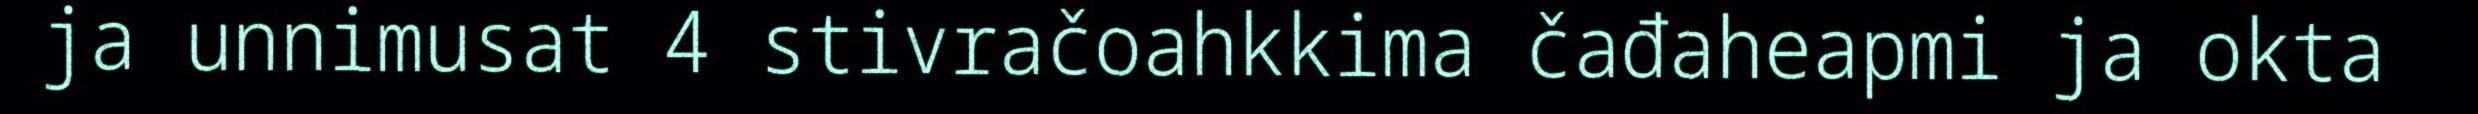
ja unnimusat 4 stivračoahkkima čađaheapmi ja okta